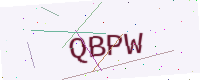
Text: QBPW